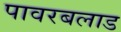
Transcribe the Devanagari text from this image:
पावरबलाड